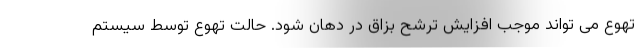
تهوع می تواند موجب افزایش ترشح بزاق در دهان شود. حالت تهوع توسط سیستم